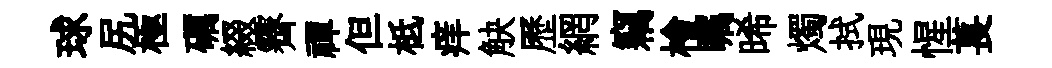
球尻極礪綴霽禪但柢痒觖歷網竊檜瞩晞燭拭現惺萇